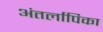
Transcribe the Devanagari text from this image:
अंतर्लापिका